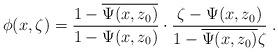
LaTeX: \begin{align*}\phi(x,\zeta)=\frac{1-\overline{\Psi(x,z_0)}}{1-\Psi(x,z_0)}\cdot \frac{\zeta-\Psi(x,z_0)}{1-\overline{\Psi(x,z_0)}\zeta}\;.\end{align*}